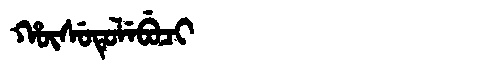
Manchu: ᡥᡡᠰᡠᡨᡠᠯᡝᠪᡠᠴᡳ
Romanization: HŪSUTULEBUCI